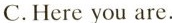
C.Here you are.